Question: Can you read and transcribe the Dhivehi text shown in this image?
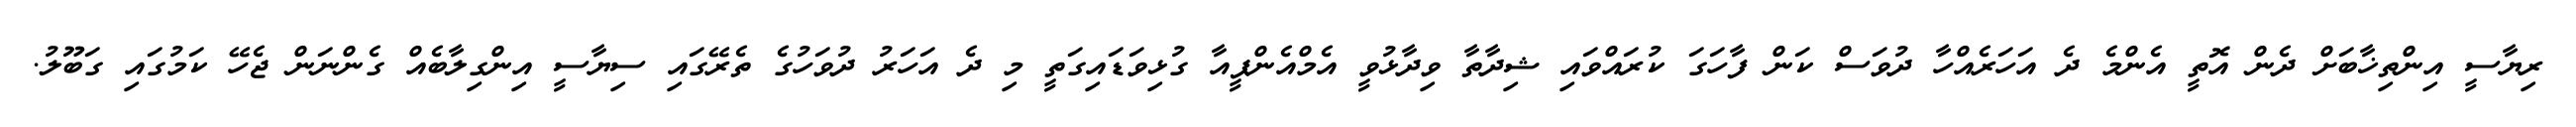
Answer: ރިޔާސީ އިންތިޚާބަށް ދެން އޮތީ އެންމެ ދެ އަހަރެއްހާ ދުވަސް ކަން ފާހަގަ ކުރައްވައި ޝިދާތާ ވިދާޅުވީ އެމްއެންޕީއާ ގުޅިވަޑައިގަތީ މި ދެ އަހަރު ދުވަހުގެ ތެރޭގައި ސިޔާސީ އިންގިލާބެއް ގެންނަން ޖެހޭ ކަމުގައި ގަބޫލު.